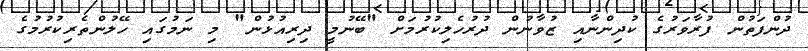
ދުންފަތުން ފުރާވަރުގެ ކުދިންނާއި ޒުވާނުން ދުރުހެލިކުރުމަށް "ބޭނުމީ ދިރިއުޅުން" މި ނަމުގައި ހޭލުންތެރިކުރުމުގެ